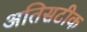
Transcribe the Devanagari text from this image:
अतिसटीक